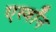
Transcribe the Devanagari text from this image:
एस्वॉन